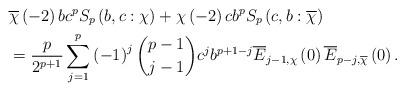
LaTeX: \begin{align*}& \overline{\chi}\left( -2\right) bc^{p}S_{p}\left( b,c:\chi\right)+\chi\left( -2\right) cb^{p}S_{p}\left( c,b:\overline{\chi}\right) \\& =\frac{p}{2^{p+1}}\sum\limits_{j=1}^{p}\left( -1\right) ^{j}\binom{p-1}{j-1}c^{j}b^{p+1-j}\overline{E}_{j-1,\chi}\left( 0\right) \overline{E}_{p-j,\overline{\chi}}\left( 0\right) .\end{align*}